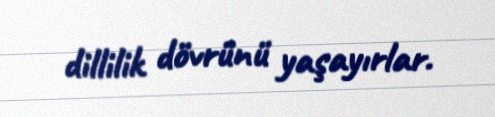
dillilik dövrünü yaşayırlar.